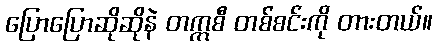
ပြောပြောဆိုဆိုနဲ တက္ကစီ တစ်စင်းကို တားတယ်။